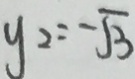
y _ { 2 } = - \sqrt { 3 }